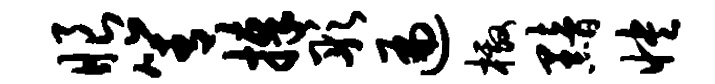
眼箐捧彤遍檄黯怏